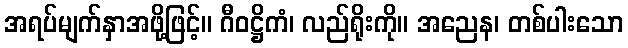
အရပ်မျက်နှာအဖို့ဖြင့်။ ဂီဝဋ္ဌိကံ၊ လည်ရိုးကို။ အညေန၊ တစ်ပါးသော